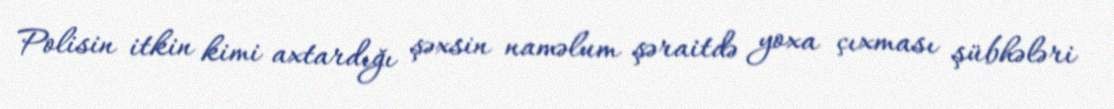
Polisin itkin kimi axtardığı şəxsin naməlum şəraitdə yoxa çıxması şübhələri